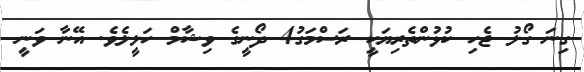
ގިނަ ގޯލު ޖެހި ކުޅުންތެރިޔަކީ ރަސްމަގު4 ދޯނީގެ ވިޝާމް ހަލީލެވެ. އޭނާ ވަނީ